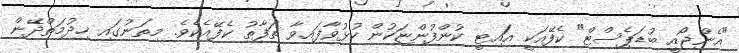
"އެންޖޯއީ ބުޑަޕެސްޓް" ކެފޭއަކީ އަައިޓީ ކުންފުންޏަކުން ހުޅުވާފައިވާ ތަފާތު ކެފޭއެކެވެ. މިތަނުގައި ޚިދުމަތްދޭން